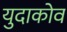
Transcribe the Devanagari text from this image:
युदाकोव